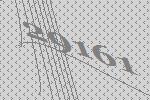
29161